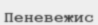
Пеневежис